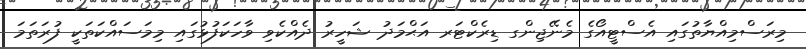
މިރަސްމިއްޔާތުގައި އެސްޓީއޯގެ މެނޭޖިންގ ޑިރެކްޓަރ އަޙްމަދު ޝަހީރު ދެއްކެވި ވާހަކަފުޅުގައި މިމަސައްކަތަކީ ފުރަތަމަ